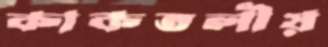
কাকতলীয়